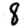
Digit: 8